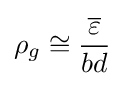
\rho _{g}\cong {\frac {\overline {\varepsilon }}{bd}}